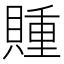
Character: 𲂳